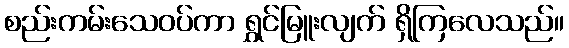
စည်းကမ်းသေဝပ်ကာ ရွှင်မြူးလျက် ရှိကြလေသည်။